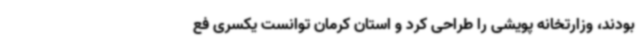
بودند، وزارتخانه پویشی را طراحی کرد و استان کرمان توانست یکسری فع